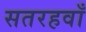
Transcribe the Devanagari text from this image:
सतरहवाँ